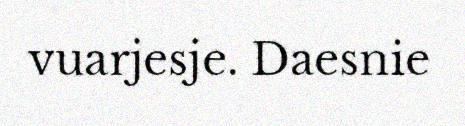
vuarjesje. Daesnie